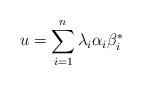
LaTeX: \begin{align*}u = \sum_{i=1}^n \lambda_i \alpha_i \beta_i^*\end{align*}